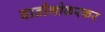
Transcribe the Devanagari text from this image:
वाडीभोकरकर